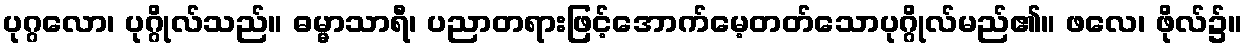
ပုဂ္ဂလော၊ ပုဂ္ဂိုလ်သည်။ ဓမ္မာသာရီ၊ ပညာတရားဖြင့်အောက်မေ့တတ်သောပုဂ္ဂိုလ်မည်၏။ ဖလေ၊ ဖိုလ်၌။